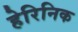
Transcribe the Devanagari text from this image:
हेरिनिक